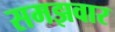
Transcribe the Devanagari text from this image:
समझवार